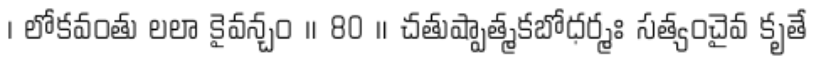
। లోకవంతు లలా కైవన్చం ॥ 80 ॥ చతుష్పాత్మకబోధర్మః సత్యంచైవ కృతే